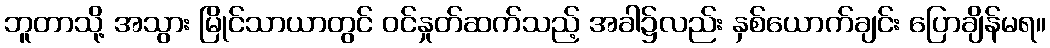
ဘူတာသို့ အသွား မြိုင်သာယာတွင် ဝင်နှုတ်ဆက်သည့် အခါ၌လည်း နှစ်ယောက်ချင်း ပြောချိန်မရ။